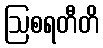
ဩစရတီတိ